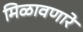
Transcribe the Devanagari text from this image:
मिळावणारे